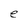
Character: e